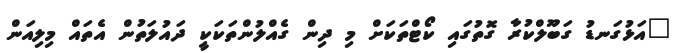
"އަޅުގަނޑު ގަބޫލްކުރާ ގޮތުގައި ކޯޓްތަކަށް މި ދިން ގެއްލުންތަކަކީ ދައުލަތުން އެތައް މިލިއަން